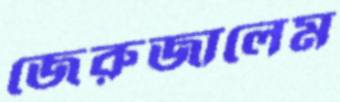
জেরুজালেম